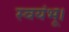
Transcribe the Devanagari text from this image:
स्वयंभू।